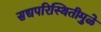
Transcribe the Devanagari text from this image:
सद्यपरिस्थितीमुळे